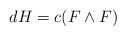
\begin{align*} d H = c(F \wedge F)\end{align*}